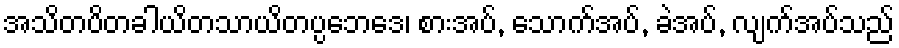
အသိတပိတခါယိတသာယိတပ္ပဘေဒေ၊ စားအပ်, သောက်အပ်, ခဲအပ်, လျက်အပ်သည်